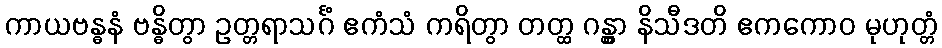
ကာယဗန္ဓနံ ဗန္ဓိတွာ ဥတ္တရာသင်္ဂံ ဧကံသံ ကရိတွာ တတ္ထ ဂန္တွာ နိသီဒတိ ဧကကောဝ မုဟုတ္တံ